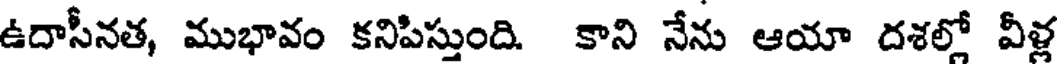
ఉదాసీనత, ముభావం కనిపిస్తుంది. కాని నేను ఆయా దశల్లో వీళ్ల